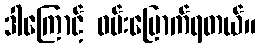
ဒါကြောင့် ဝမ်းမြောက်ရတယ်။